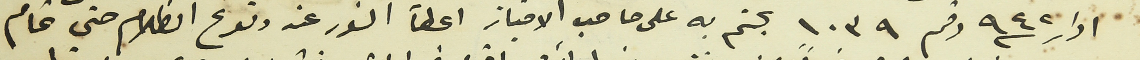
ادار سنة ٩٤٢ رقم ١٠٣٩ يحتم على صاحب الامتياز اعطأ النور عند وقوع الظلام حتى تمام